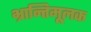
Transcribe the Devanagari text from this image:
भ्रान्तिमूलक